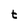
Character: t